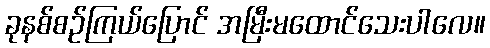
ခုနစ်စဉ်ကြယ်ပြောင် အမြီးမထောင်သေးပါလေ။